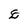
Character: E